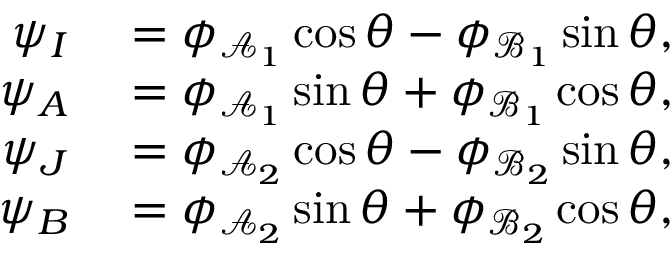
\begin{array} { r l } { \psi _ { I } } & { { } = \phi _ { \mathcal { A } _ { 1 } } \cos \theta - \phi _ { \mathcal { B } _ { 1 } } \sin \theta , } \\ { \psi _ { A } } & { { } = \phi _ { \mathcal { A } _ { 1 } } \sin \theta + \phi _ { \mathcal { B } _ { 1 } } \cos \theta , } \\ { \psi _ { J } } & { { } = \phi _ { \mathcal { A } _ { 2 } } \cos \theta - \phi _ { \mathcal { B } _ { 2 } } \sin \theta , } \\ { \psi _ { B } } & { { } = \phi _ { \mathcal { A } _ { 2 } } \sin \theta + \phi _ { \mathcal { B } _ { 2 } } \cos \theta , } \end{array}